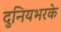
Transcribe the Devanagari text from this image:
दुनियभरके